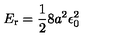
E _ { \mathrm { r } } = { \frac { 1 } { 2 } } 8 a ^ { 2 } \epsilon _ { 0 } ^ { 2 }